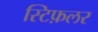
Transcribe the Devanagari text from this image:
स्टिफ़लर